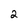
Character: 2